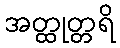
အတ္ထုတ္တရိ